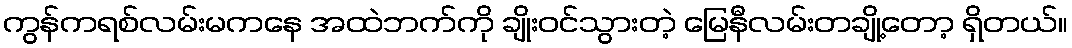
ကွန်ကရစ်လမ်းမကနေ အထဲဘက်ကို ချိုးဝင်သွားတဲ့ မြေနီလမ်းတချို့တော့ ရှိတယ်။